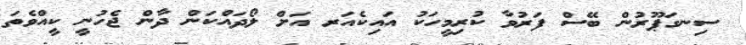
ސިނގަޕޫރުން ބޭސް ފަރުވާ ކުރިމީހަކު އައިކެއަރ އަށް ލޯދައްކަން ދާން ޖެހުނީ ކީއްވެތަ